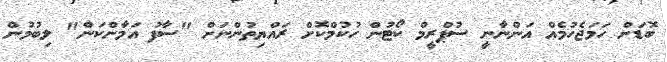
ބޮޑަށް ހަމަޖެހުމެއް އަންނާނީ ސުޕްރީމް ކޯޓުން ހުކުމްކޮށް ރައްޔިތުންނަށް "ސާފު އަމާންކަން" ލިބުމުން